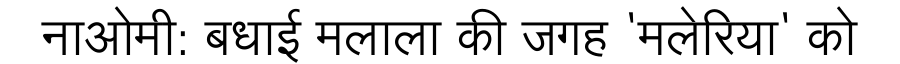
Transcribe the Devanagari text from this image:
नाओमी: बधाई मलाला की जगह 'मलेरिया' को